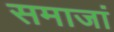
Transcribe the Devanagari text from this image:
समाजां